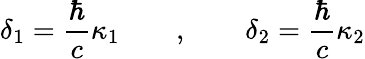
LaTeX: \delta_{1}=\frac\hbar c\kappa_{1}\qquad,\qquad\delta_{2}=\frac\hbar c\kappa_{2}